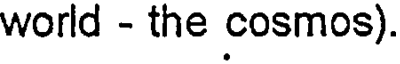
world - the cosmos).